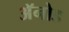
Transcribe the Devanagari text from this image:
अॅनोड